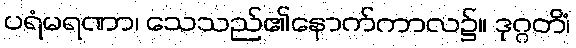
ပရံမရဏာ၊ သေသည်၏နောက်ကာလ၌။ ဒုဂ္ဂတိံ၊